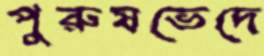
পুরুষভেদে